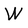
Character: W